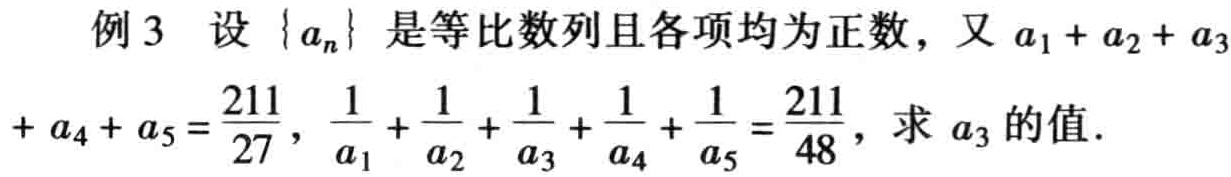
例3 设\(\{a_{n}\}\)是等比数列且各项均为正数，又\(a_{1}+a_{2}+a_{3}+a_{4}+a_{5}=\frac{211}{27}\)，\(\frac{1}{a_{1}}+\frac{1}{a_{2}}+\frac{1}{a_{3}}+\frac{1}{a_{4}}+\frac{1}{a_{5}}=\frac{211}{48}\)，求\(a_{3}\)的值.